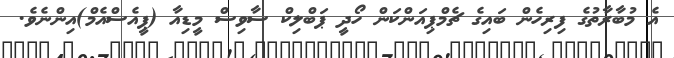
އެ މުބާރާތުގެ ފިރިހެން ބައިގެ ޗެމްޕިއަންކަން ހޯދީ ޕަބްލިކް ސާވިސް މީޑިއާ (ޕީއެސްއެމް)އިންނެވެ.